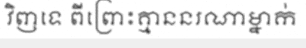
វិញទេ ពីព្រោះគ្មាននរណាម្នាក់